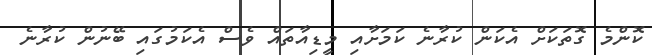
ކޮންމެ ގޮތަކަށް އެކަން ކުރާނެ ކަމަށާއި މީޑިއާތައް ވެސް އެކަމުގައި ބޭނުން ކުރާނެ